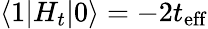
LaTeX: \langle 1|H_{t}|0\rangle=-2t_{\mathrm{eff}}